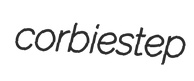
corbiestep